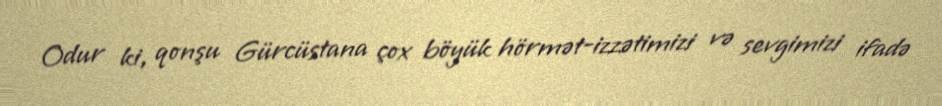
Odur ki, qonşu Gürcüstana çox böyük hörmət-izzətimizi və sevgimizi ifadə